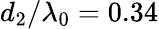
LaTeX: d_{2}/\lambda_{0}=0.34